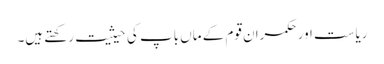
ریاست اور حکمران قوم کے ماں باپ کی حیثیت رکھتے ہیں۔